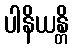
ပါနိယန္တိ